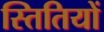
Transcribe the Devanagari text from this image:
स्तितियों